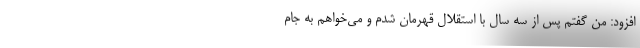
افزود: من گفتم پس از سه سال با استقلال قهرمان شدم و می‌خواهم به جام